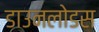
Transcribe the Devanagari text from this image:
डाउनलोडस